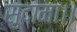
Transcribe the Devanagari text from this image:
सुदामा।।